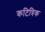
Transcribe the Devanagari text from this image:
कटित्रिक